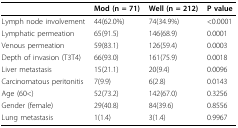
<table><thead><tr><td></td><td><b>Mod (n = 71)</b></td><td><b>Well (n = 212)</b></td><td><b>P value</b></td></tr></thead><tbody><tr><td>Lymph node involvement</td><td>44(62.0%)</td><td>74(34.9%)</td><td>&lt;0.0001</td></tr><tr><td>Lymphatic permeation</td><td>65(91.5)</td><td>146(68.9)</td><td>0.0001</td></tr><tr><td>Venous permeation</td><td>59(83.1)</td><td>126(59.4)</td><td>0.0003</td></tr><tr><td>Depth of invasion (T3T4)</td><td>66(93.0)</td><td>161(75.9)</td><td>0.0018</td></tr><tr><td>Liver metastasis</td><td>15(21.1)</td><td>20(9.4)</td><td>0.0096</td></tr><tr><td>Carcinomatous peritonitis</td><td>7(9.9)</td><td>6(2.8)</td><td>0.0143</td></tr><tr><td>Age (60&lt;)</td><td>52(73.2)</td><td>142(67.0)</td><td>0.3256</td></tr><tr><td>Gender (female)</td><td>29(40.8)</td><td>84(39.6)</td><td>0.8556</td></tr><tr><td>Lung metastasis</td><td>1(1.4)</td><td>3(1.4)</td><td>0.9967</td></tr></tbody></table>